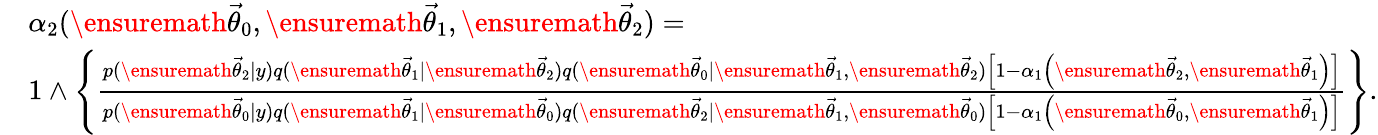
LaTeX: \begin{array}{rl}&{\alpha_{2}(\ensuremath{\vec{\theta}}_{0},\ensuremath{\vec{\theta}}_{1},\ensuremath{\vec{\theta}}_{2})=}\\ &{1\wedge\left\{ \frac{p(\ensuremath{\vec{\theta}}_{2}|y)q(\ensuremath{\vec{\theta}}_{1}|\ensuremath{\vec{\theta}}_{2})q(\ensuremath{\vec{\theta}}_{0}|\ensuremath{\vec{\theta}}_{1},\ensuremath{\vec{\theta}}_{2})\left[1-\alpha_{1}\left(\ensuremath{\vec{\theta}}_{2},\ensuremath{\vec{\theta}}_{1}\right)\right]}{p(\ensuremath{\vec{\theta}}_{0}|y)q(\ensuremath{\vec{\theta}}_{1}|\ensuremath{\vec{\theta}}_{0})q(\ensuremath{\vec{\theta}}_{2}|\ensuremath{\vec{\theta}}_{1},\ensuremath{\vec{\theta}}_{0})\left[1-\alpha_{1}\left(\ensuremath{\vec{\theta}}_{0},\ensuremath{\vec{\theta}}_{1}\right)\right]}\right\} .}\end{array}